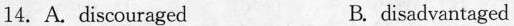
14. A. discouraged B. disadvantaged